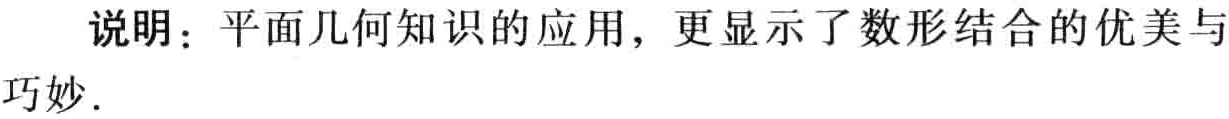
说明：平面几何知识的应用，更显示了数形结合的优美与巧妙．